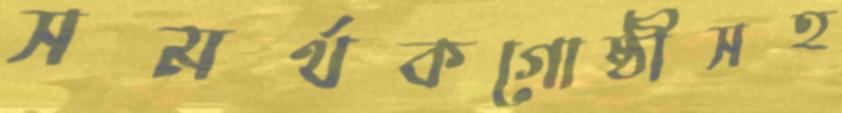
সমর্থকগোষ্ঠীসহ